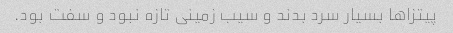
پیتزا‌ها بسیار سرد بدند و سیب زمینی تازه نبود و سفت بود.